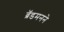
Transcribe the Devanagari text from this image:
ब्रॅडमनने